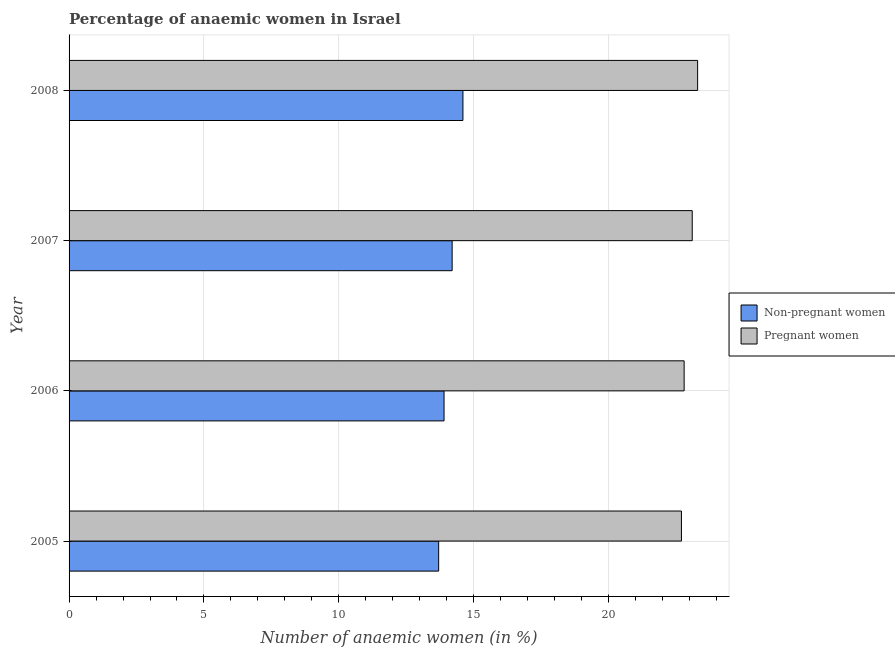
| Year | Non-pregnant women | Pregnant women |
 | --- | --- | --- |
 | 2005 | 13.7 | 22.7 |
 | 2006 | 13.9 | 22.8 |
 | 2007 | 14.2 | 23.1 |
 | 2008 | 14.6 | 23.3 |